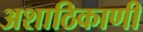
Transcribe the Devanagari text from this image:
अशाठिकाणी